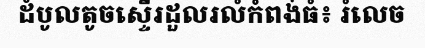
ដំបូលតូចស្ទើរដួលរលំកំពង់ធំ៖ រំលេច